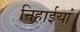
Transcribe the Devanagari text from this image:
निहाईयां